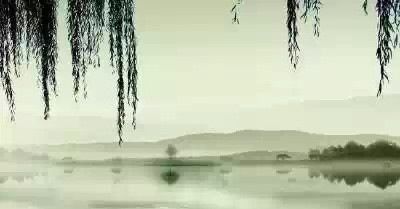
西城杨柳弄春柔。动离忧。泪难收。